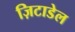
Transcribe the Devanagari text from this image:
ज़िटाडेल